Report of an investigation of the epidemic of malarial fever in Assam, or, kala-azar
Disease focus: Malaria
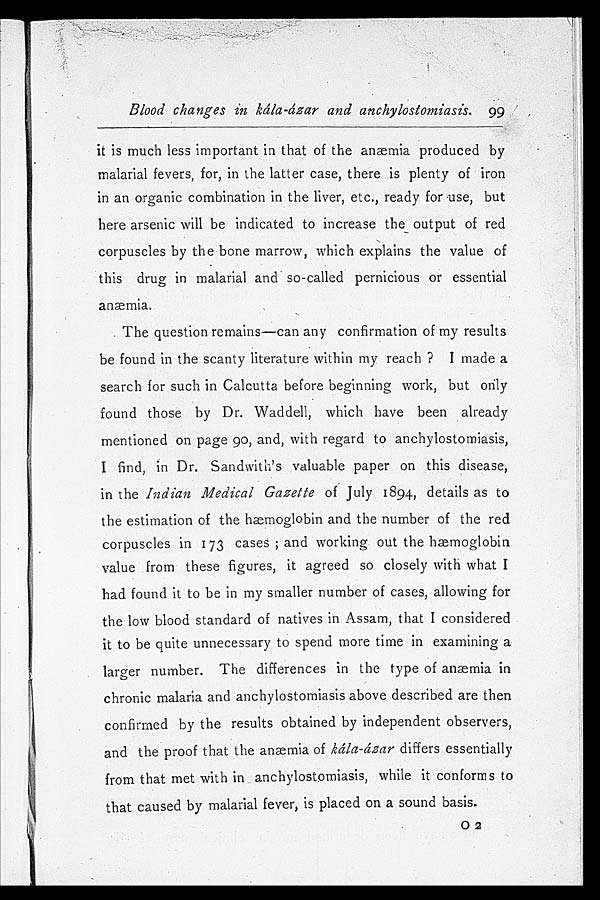
Blood changes in kála-ázar and anchylostomiasis. 99
it is much less important in that of the anæmia produced by
malarial fevers, for, in the latter case, there is plenty of iron
in an organic combination in the liver, etc., ready for use, but
here arsenic will be indicated to increase the output of red
corpuscles by the bone marrow, which explains the value of
this drug in malarial and so-called pernicious or essential
anæmia.
The question remains—can any confirmation of my results
be found in the scanty literature within my reach? I made a
search for such in Calcutta before beginning work, but only
found those by Dr. Waddell, which have been already
mentioned on page 90, and, with regard to anchylostomiasis,
I find, in Dr. Sandwith's valuable paper on this disease,
in the Indian Medical Gazette of July 1894, details as to
the estimation of the hæmoglobin and the number of the red
corpuscles in 173 cases; and working out the hæmoglobin
value from these figures, it agreed so closely with what I
had found it to be in my smaller number of cases, allowing for
the low blood standard of natives in Assam, that I considered
it to be quite unnecessary to spend more time in examining a
larger number. The differences in the type of anæmia in
chronic malaria and anchylostomiasis above described are then
confirmed by the results obtained by independent observers,
and the proof that the anæmia of kála-ázar differs essentially
from that met with in anchylostomiasis, while it conforms to
that caused by malarial fever, is placed on a sound basis
O
2